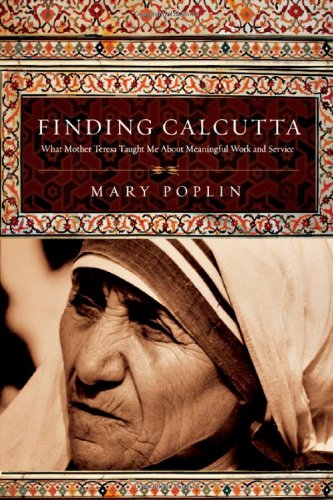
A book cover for Finding Calcutta: What Mother Teresa Taught Me About Meaningful Work and Service; Mary Poplin; Business & Money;